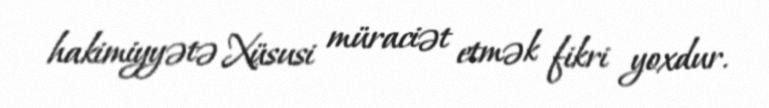
hakimiyyətə Xüsusi müraciət etmək fikri yoxdur.